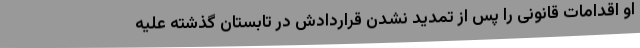
او اقدامات قانونی را پس از تمدید نشدن قراردادش در تابستان گذشته علیه